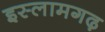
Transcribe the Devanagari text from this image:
इस्लामगढ़